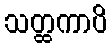
သတ္ထကာပိ